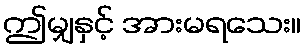
ဤမျှနှင့် အားမရသေး။